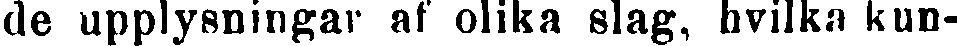
de upplysningar af olika slag, hvilka kun-